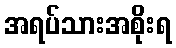
အရပ်သားအစိုးရ